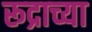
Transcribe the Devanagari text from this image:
रूद्राच्या